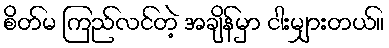
စိတ်မ ကြည်လင်တဲ့ အချိန်မှာ ငါးမျှားတယ်။